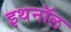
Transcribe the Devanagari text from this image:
इथनॉल